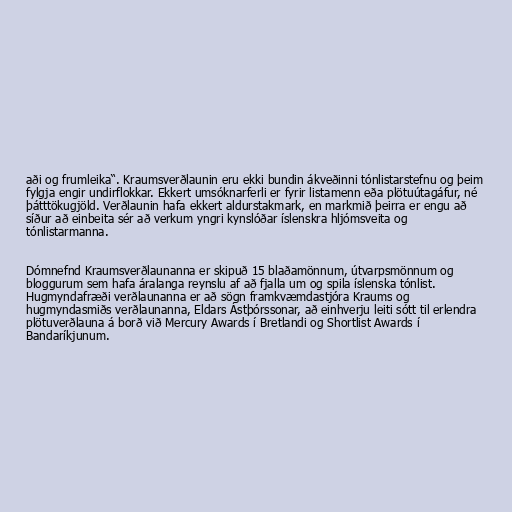
aði og frumleika“. Kraumsverðlaunin eru ekki bundin ákveðinni tónlistarstefnu og þeim
fylgja engir undirflokkar. Ekkert umsóknarferli er fyrir listamenn eða plötuútagáfur, né
þátttökugjöld. Verðlaunin hafa ekkert aldurstakmark, en markmið þeirra er engu að
síður að einbeita sér að verkum yngri kynslóðar íslenskra hljómsveita og
tónlistarmanna.

Dómnefnd Kraumsverðlaunanna er skipuð 15 blaðamönnum, útvarpsmönnum og
bloggurum sem hafa áralanga reynslu af að fjalla um og spila íslenska tónlist.
Hugmyndafræði verðlaunanna er að sögn framkvæmdastjóra Kraums og
hugmyndasmiðs verðlaunanna, Eldars Ástþórssonar, að einhverju leiti sótt til erlendra
plötuverðlauna á borð við Mercury Awards í Bretlandi og Shortlist Awards í
Bandaríkjunum.